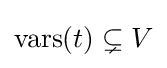
{\text{vars}}(t)\subsetneq V